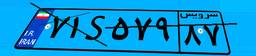
۸۲S۴۳۵۰۷